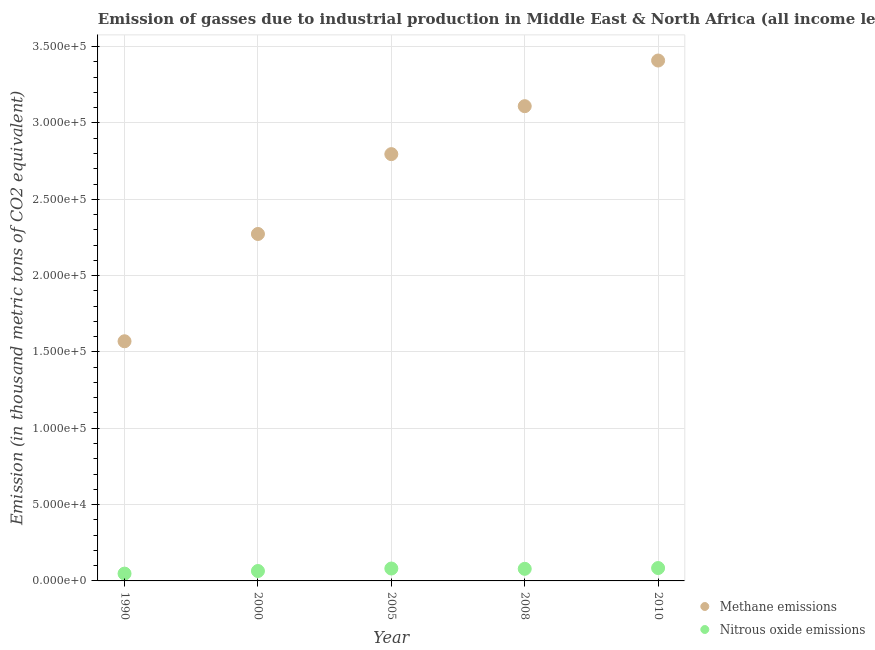
| Year | Methane emissions | Nitrous oxide emissions |
 | --- | --- | --- |
 | 1990 | 1.57e+05 | 4.8e+03 |
 | 2000 | 2.27e+05 | 6.5e+03 |
 | 2005 | 2.8e+05 | 8.12e+03 |
 | 2008 | 3.11e+05 | 7.93e+03 |
 | 2010 | 3.41e+05 | 8.44e+03 |